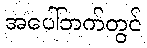
အပေါ်ဘက်တွင်